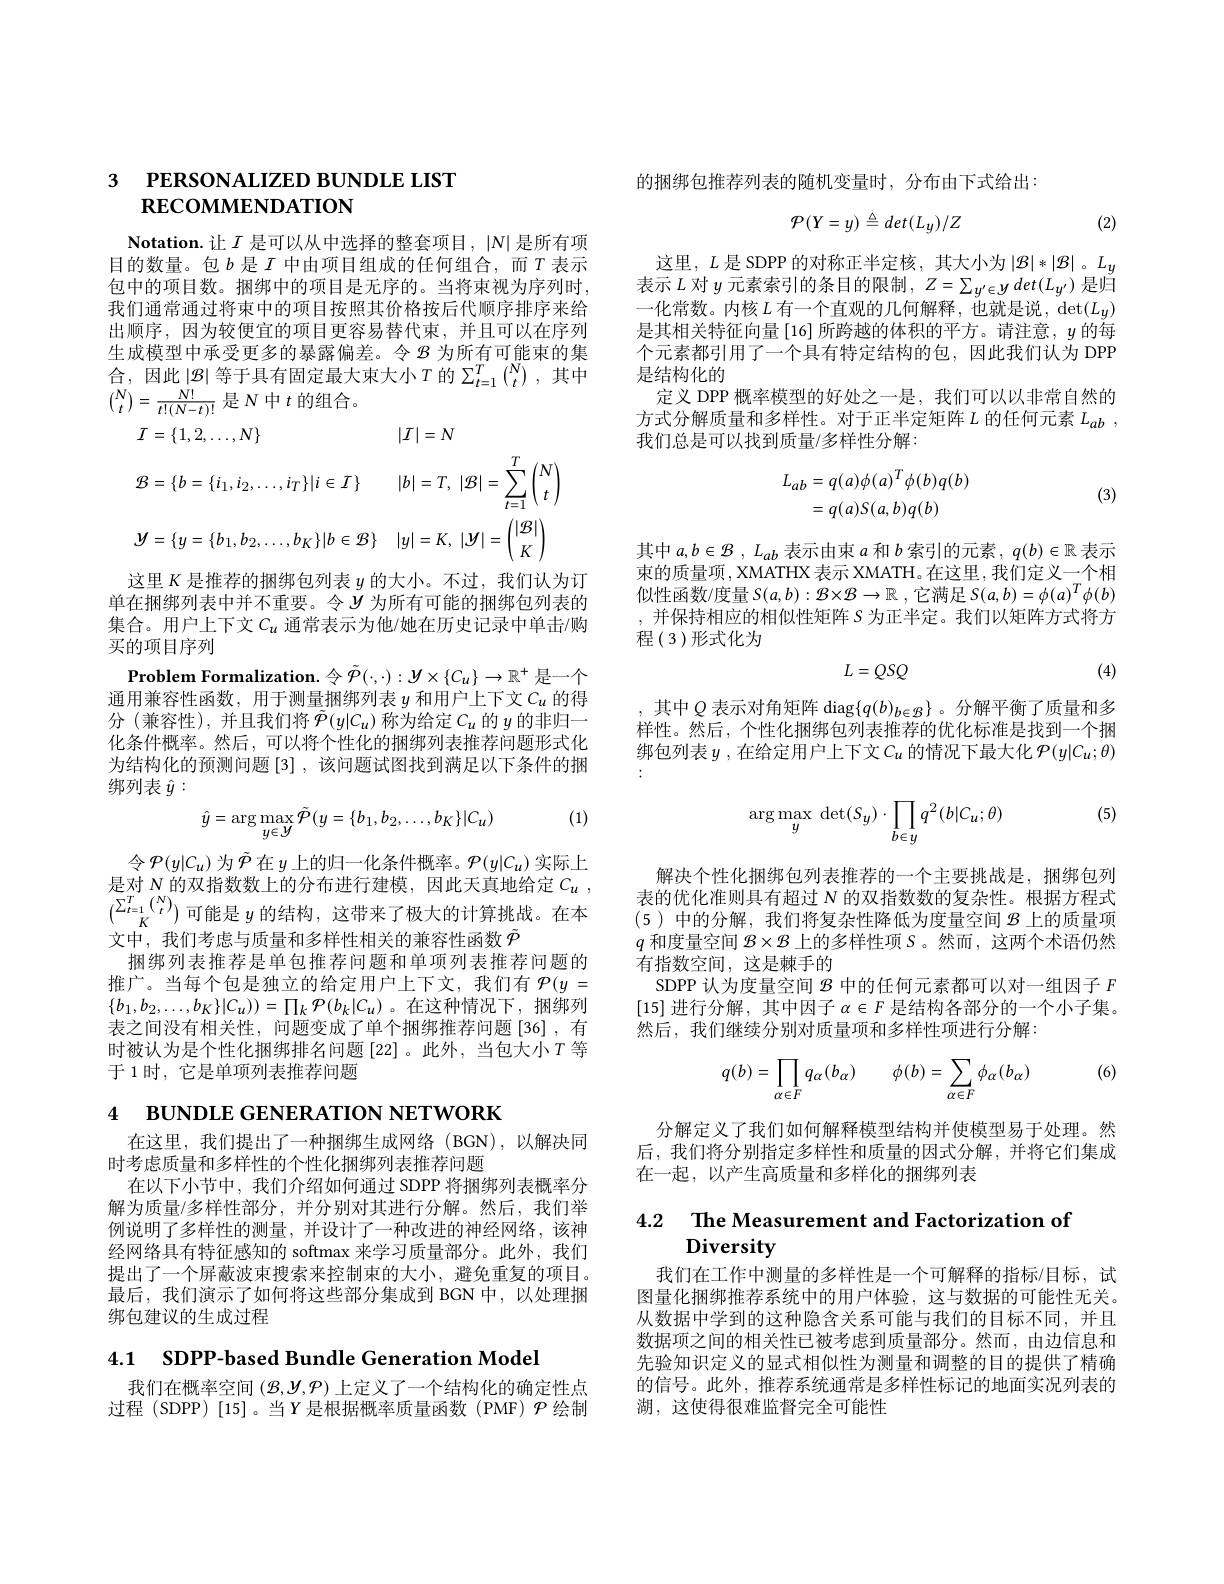
## 3 PERSONALIZED BUNDLE LIST $\mathbf{RECOMMENDATION}$

$\textbf{Notation. 让 }I$ 是可以从中选择的整套项目，$|N|$是所有项目的数量。包$b$ 是$I$ 中由项目组成的任何组合，而$T$ 表示包中的项目数。捆绑中的项目是无序的。当将束视为序列时， 我们通常通过将束中的项目按照其价格按后代顺序排序来给出顺序，因为较便宜的项目更容易替代束，并且可以在序列生成模型中承受更多的暴露偏差。令$\mathcal{B}$为所有可能束的集合，因此$\left|\mathcal{B}\right|$等于具有固定最大束大小$T$ 的 $\Sigma_t=1^T\left(\frac Nt\right)$, 其中${\binom Nt=\frac{N!}{t!(N-t)!}}$是$N$中$t$的组合。
$$\begin{aligned}&1\:-\:\{1,2,\ldots,N\}&&|T|-N\\&\mathcal{B}=\{b=\{i_{1},i_{2},\ldots,i_{T}\}|i\in T\}&&|b|=T,\:|\mathcal{B}|=\sum_{t=1}^{T}\binom{N}{t}\\&\mathcal{Y}=\{y=\{b_{1},b_{2},\ldots,b_{K}\}|b\in\mathcal{B}\}&&|y|=K,\:|\mathcal{Y}|=\begin{pmatrix}|\mathcal{B}|\\K\end{pmatrix}\end{aligned}$$
这里$K$是推荐的捆绑包列表$y$的大小。不过，我们认为订单在捆绑列表中并不重要。令$y$ 为所有可能的捆绑包列表的集合。用户上下文$C_u$ 通常表示为他/她在历史记录中单击/购买的项目序列
Problem Formalization.令$\tilde{\varphi}(\cdot,\cdot):y\times\{C_u\}\to\mathbb{R}^+$ 是一个通用兼容性函数，用于测量捆绑列表$y$和用户上下文$c_u$的得分(兼容性),并且我们将$\tilde{\mathcal{P}}(y|C_u)$称为给定$C_u$的$y$的非归一化条件概率。然后，可以将个性化的捆绑列表推荐问题形式化为结构化的预测问题[3],该问题试图找到满足以下条件的捆绑列表$\hat{y}:$

(1)
$$\hat{y}=\arg\max_{y\in Y}\tilde{\mathcal{P}}(y=\{b_{1},b_{2},\ldots,b_{K}\}|C_{u})$$
令$\mathcal{P}(y|C_u)$为$\tilde{\mathcal{P}}$在$y$上的归一化条件概率。$\mathcal{P}(y|C_u)$实际上是对$N$的双指数数上的分布进行建模，因此天真地给定$C_u$ , $\binom{\sum_{t=1}^T\binom Nt}K$可能是$y$ 的结构，这带来了极大的计算挑战。在本文中，我们考虑与质量和多样性相关的兼容性函数$\tilde{P}$
捆绑列表推荐是单包推荐问题和单项列表推荐问题的推广。当每个包是独立的给定用户上下文，我们有$\mathcal{P}(y=$ $\{b_1,b_2,\ldots,b_K\}|C_u)=\prod_k\mathcal{P}(b_k|C_u)$ 。在这种情况下，捆绑列表之间没有相关性，问题变成了单个捆绑推荐问题[36],有时被认为是个性化捆绑排名问题[22] 。此外，当包大小$T$等于 1 时，它是单项列表推荐问题

4 вUNDLE GENERATION NETWORK

在这里，我们提出了一种捆绑生成网络(BGN),以解决同
时考虑质量和多样性的个性化捆绑列表推荐问题
在以下小节中，我们介绍如何通过 SDPP 将捆绑列表概率分解为质量/多样性部分，并分别对其进行分解。然后，我们举例说明了多样性的测量，并设计了一种改进的神经网络，该神经网络具有特征感知的 softmax 来学习质量部分。此外，我们提出了一个屏蔽波束搜索来控制束的大小，避免重复的项目。最后，我们演示了如何将这些部分集成到 BGN 中，以处理捆绑包建议的生成过程

4.1 SDPP-based Bundle Generation Model

我们在概率空间$(\mathcal{B},\mathcal{Y},\mathcal{P})$上定义了一个结构化的确定性点过程 (SDPP) [15]。当$Y$ 是根据概率质量函数(PMF)$\mathcal{P}$ 绘制

的捆绑包推荐列表的随机变量时，分布由下式给出：
$$\mathcal{P}(Y=y)\triangleq det(L_y)/Z$$
(2)

这里，$L$是 SDPP 的对称正半定核，其大小为$|\mathcal{B}|*|\mathcal{B}|$ 。$L_y$ 表示$L$对$y$元素索引的条目的限制$, Z= \sum _y^{\prime }\in y$ $det( L_{y^{\prime }})$是归一化常数。内核$L$有一个直观的几何解释，也就是说，$\det(L_y)$ 是其相关特征向量[16]所跨越的体积的平方。请注意，$y$的每个元素都引用了一个具有特定结构的包，因此我们认为 DPP 是结构化的
定义 DPP 概率模型的好处之一是，我们可以以非常自然的方式分解质量和多样性。对于正半定矩阵$L$ 的任何元素 $L_ab$, 我们总是可以找到质量/多样性分解：
$$\begin{aligned}L_{ab}&=q(a)\phi(a)^T\phi(b)q(b)\\&=q(a)S(a,b)q(b)\end{aligned}$$
(3)

其中$a, b\in \mathcal{B}$ , $L_{ab}$表示由束$a$和$b$索引的元素，$q( b) \in \mathbb{R}$表示束的质量项，XMATHX 表示 XMATH。在这里 ,我们定义一个相似性函数/度量$S( a, b) : \mathcal{B} \times \mathcal{B} \to \mathbb{R}$ ,它满足$S(a,b)=\phi(a)^T\phi(b)$ ,并保持相应的相似性矩阵$S$ 为正半定。我们以矩阵方式将方程(3)形式化为
$$L=QSQ$$
(4)

,其中$Q$ 表示对角矩阵 $\deg\{q(b)_{b\in\mathcal{B}}\}$。分解平衡了质量和多样性。然后，个性化捆绑包列表推荐的优化标准是找到一个捆绑包列表$y$ ,在给定用户上下文$C_u$ 的情况下最大化 $\mathcal{P}(y|C_u;\theta)$

(5)
$$\arg\max\limits_{y}\:\det(S_y)\cdot\prod\limits_{b\in y}q^2(b|C_u;\theta)$$
解决个性化捆绑包列表推荐的一个主要挑战是，捆绑包列表的优化准则具有超过$N$的双指数数的复杂性。根据方程式(5)中的分解，我们将复杂性降低为度量空间$\mathcal{B}$上的质量项$q$和度量空间$\mathcal{B}\times\mathcal{B}$上的多样性项 S。然而，这两个术语仍然有指数空间，这是棘手的
SDPP 认为度量空间$\mathcal{B}$中的任何元素都可以对一组因子$F$ [15]进行分解，其中因子$\alpha\in F$是结构各部分的一个小子集。然后，我们继续分别对质量项和多样性项进行分解：

(6)
$$q(b)=\prod\limits_{\alpha\in F}q_\alpha(b_\alpha)\quad\phi(b)=\sum\limits_{\alpha\in F}\phi_\alpha(b_\alpha)$$
分解定义了我们如何解释模型结构并使模型易于处理。然后，我们将分别指定多样性和质量的因式分解，并将它们集成在一起，以产生高质量和多样化的捆绑列表

4.2 $\textbf{The Measurement and Factorization of}$
# Diversity

我们在工作中测量的多样性是一个可解释的指标/目标，试图量化捆绑推荐系统中的用户体验，这与数据的可能性无关。从数据中学到的这种隐含关系可能与我们的目标不同，并且数据项之间的相关性已被考虑到质量部分。然而，由边信息和先验知识定义的显式相似性为测量和调整的目的提供了精确的信号。此外，推荐系统通常是多样性标记的地面实况列表的湖，这使得很难监督完全可能性